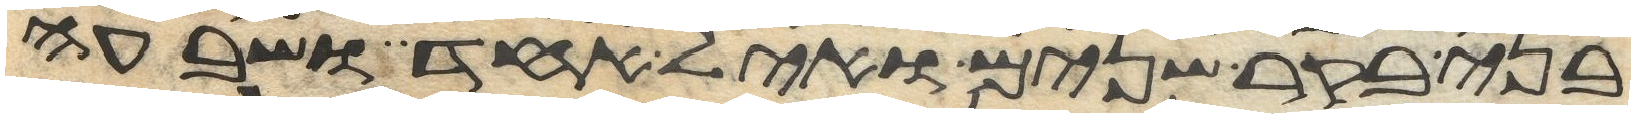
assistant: בני בקר שנים ואיל אחד ושבעה